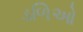
ડળિઓ